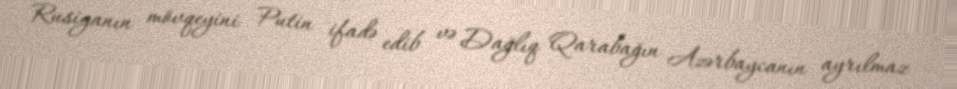
Rusiyanın mövqeyini Putin ifadə edib və Dağlıq Qarabağın Azərbaycanın ayrılmaz